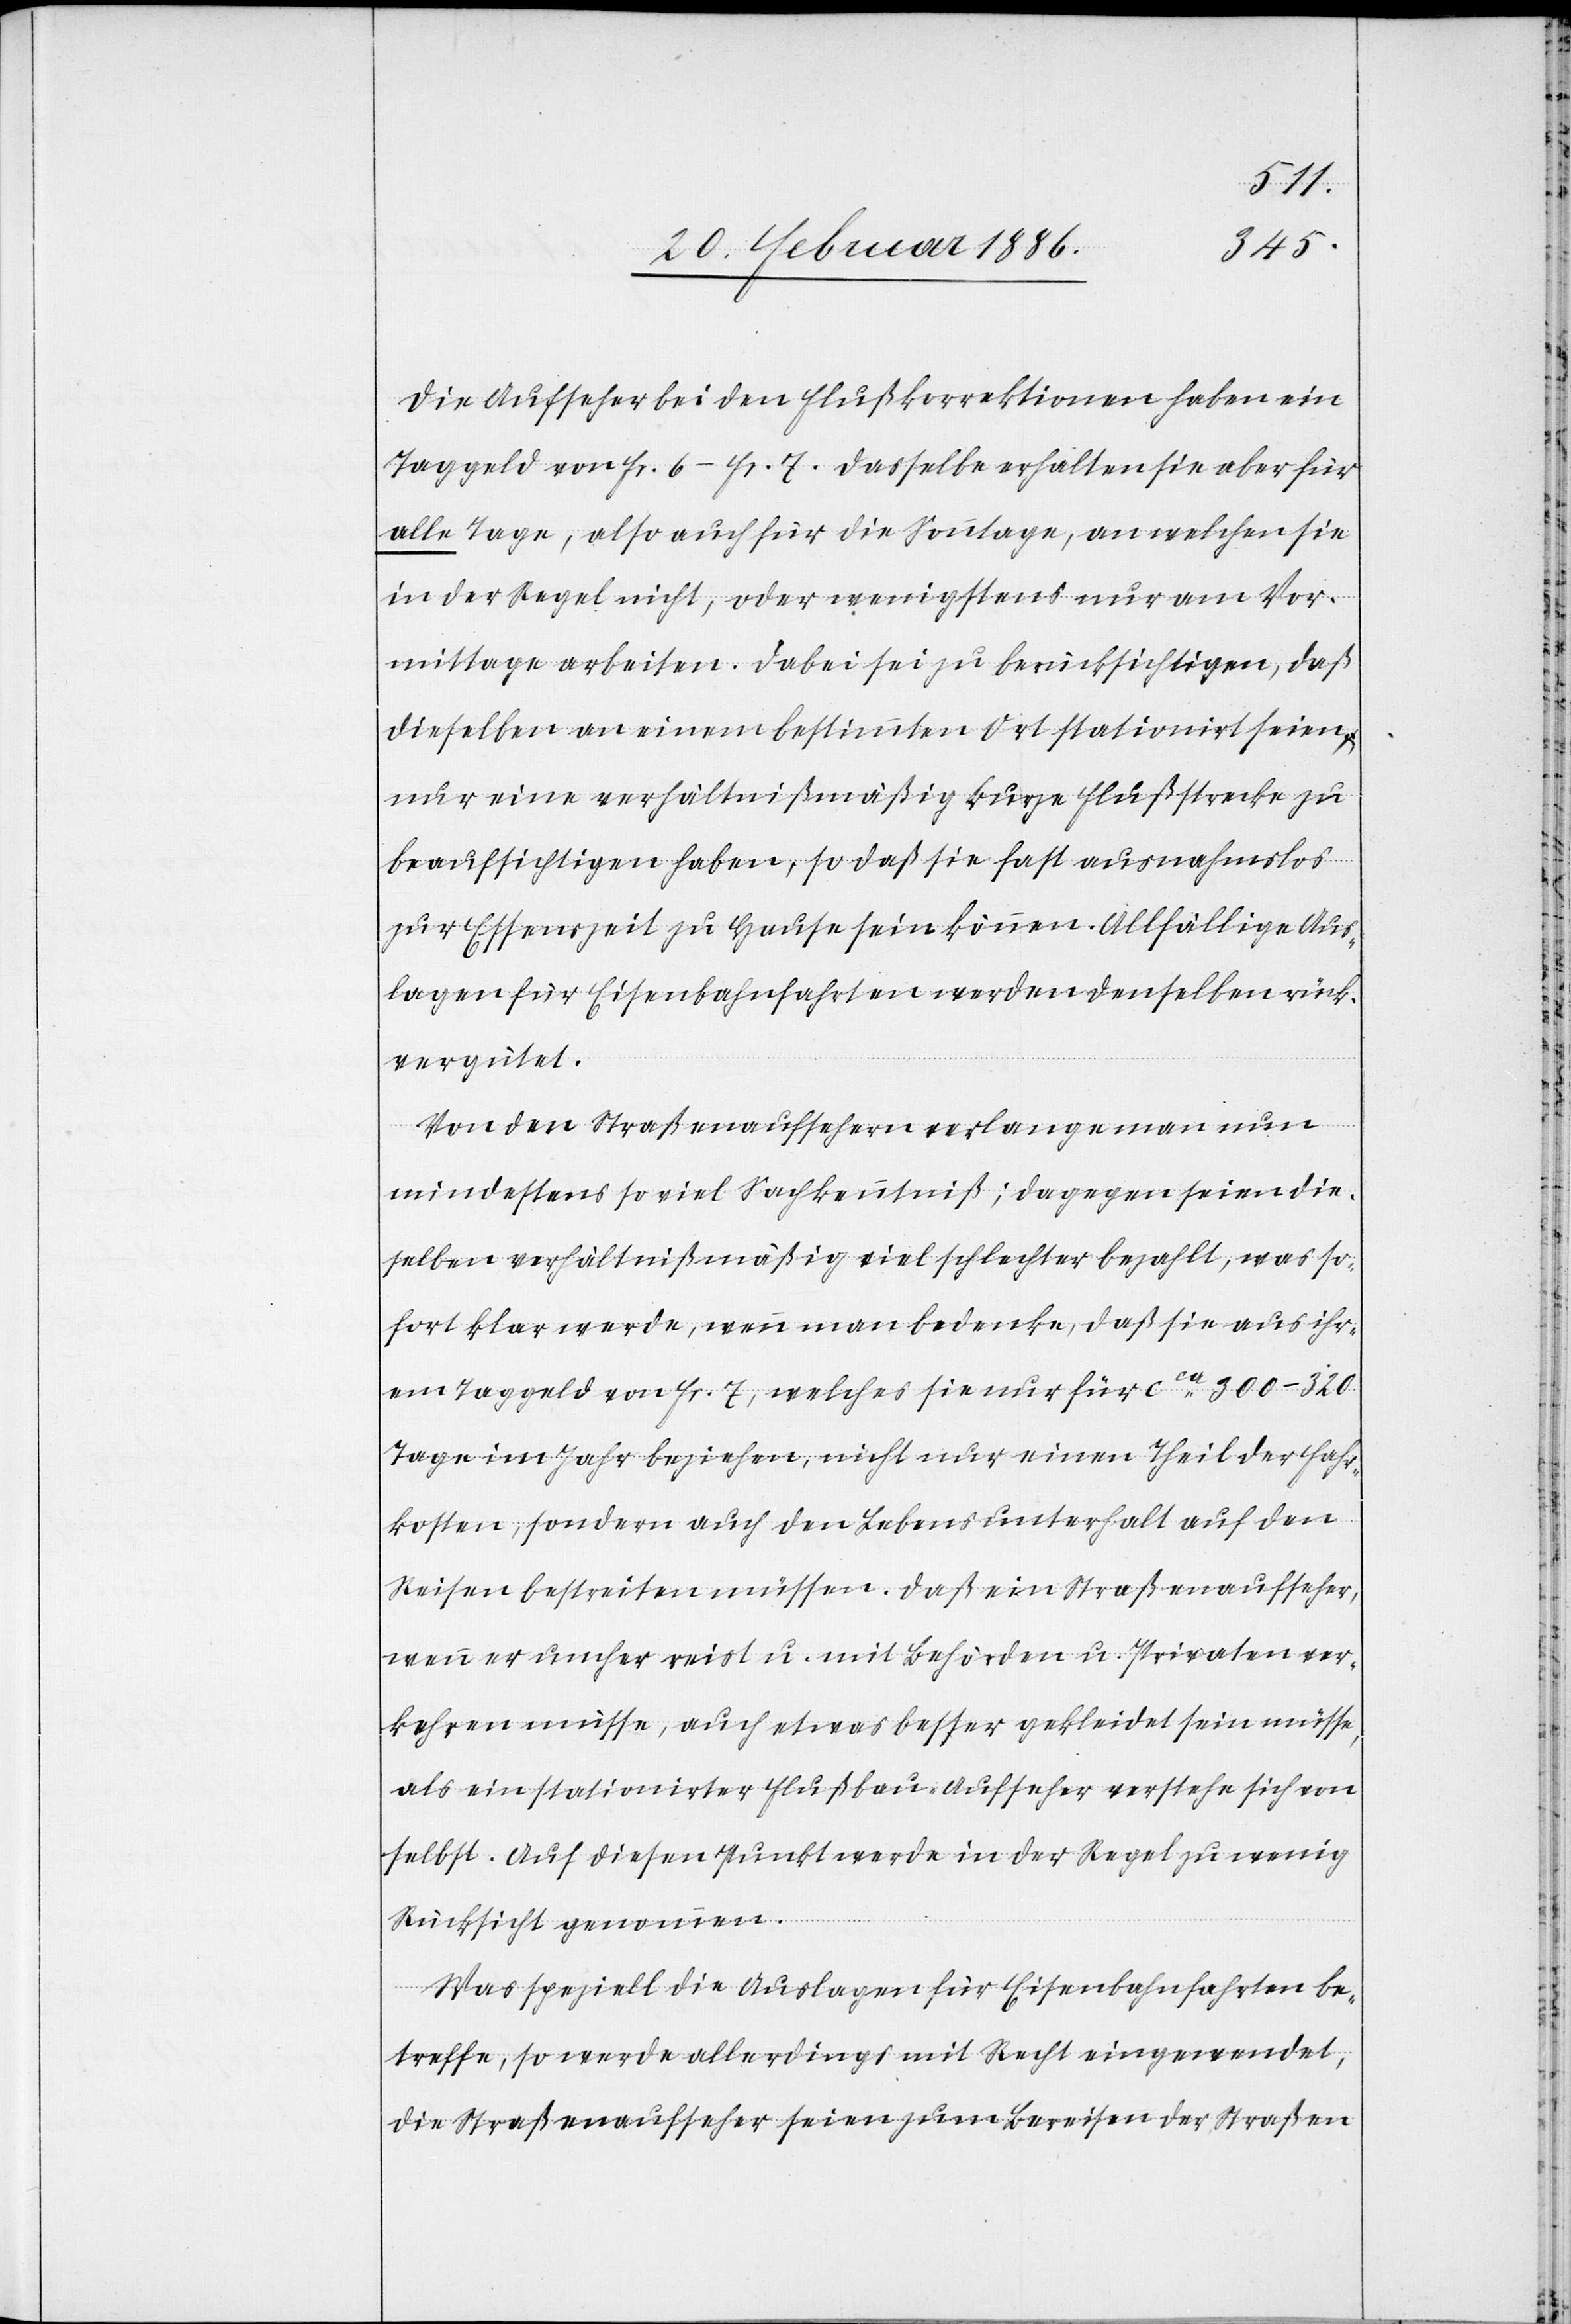
Die Aufseher bei den Flußkorrektionen haben ein
Tagegeld von Fr. 6–Fr. 7. Dasselbe erhalten sie aber für
alle Tage, also auch für die Sonntage, an welchen sie
in der Regel nicht, oder wenigstens nur am Vor¬
mittage arbeiten. Dabei sei zu berücksichtigen, daß
dieselben an einem bestimmten Ort stationirt seien,
nur eine verhältnißmäßig kurze Flußstrecke zu
beaufsichtigen haben, so daß sie fast ausnahmslos
zur Essenszeit zu Hause sein können. Allfällige Aus¬
lagen für Eisenbahnfahrten werden denselben rück¬
vergütet.
Von den Straßenaufseher verlange man nun
mindestens so viel Sachkenntniß; dagegen seien die¬
selben verhältnißmäßig viel schlechter bezahlt, was so¬
fort klar werde, wenn man bedenke, daß sie aus ihr¬
em Tagegeld von Fr. 7, welches sie nur für cca 300–320
Tage im Jahr beziehen, nicht nur einen Theil der Fahrt¬
kosten, sondern auch den Lebensunterhalt auf den
Reisen bestreiten müssen. Daß ein Straßenaufseher
wenn er umher reist u. mit Behörden u. Privaten ver¬
kehren müsse, auch etwas besser gekleidet sein müsse,
als ein stationirter Flußbau-Aufseher verstehe sich von
selbst. Auf diesen Punkt werde in der Regel zu wenig
Rücksicht genommen.
Was speziell die Auslagen für Eisenbahnfahrten be¬
treffe, so werde allerdings mit Recht eingewendet,
die Straßenaufseher seien zum Bereisen der Straßen